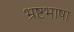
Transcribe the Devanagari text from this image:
भ्रष्टभाषा